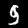
Label: 9